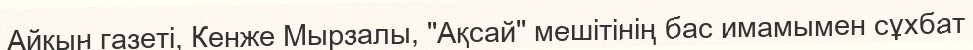
Айқын газеті, Кенже Мырзалы, "Ақсай" мешітінің бас имамымен сұхбат